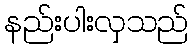
နည်းပါးလှသည်